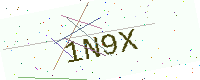
Text: 1N9X